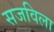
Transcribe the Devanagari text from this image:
सजविला